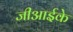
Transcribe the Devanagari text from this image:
जीआईके